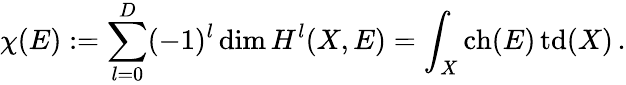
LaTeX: \chi(E):=\sum_{l=0}^{D}(-1)^{l}\dim{H}^{l}(X,E)=\int_{X}\mathop{\mathrm{ch}}(E)\mathop{\mathrm{td}}(X)\, .